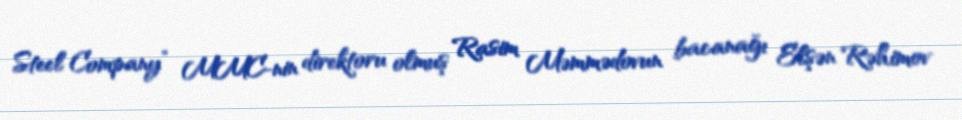
Steel Company” MMC-nin direktoru olmuş Rasim Məmmədovun bacanağı Elşən Rəhimov